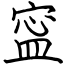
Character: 寍